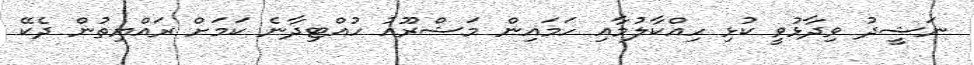
ނަޝީދު ވިދާޅުވީ ކުޅި ހިއްކާލުމާއި ހަމައިން މަޝްރޫއު ހުއްޓިދާނެ ކަމަށް ރައްޔިތުން ދެކޭ